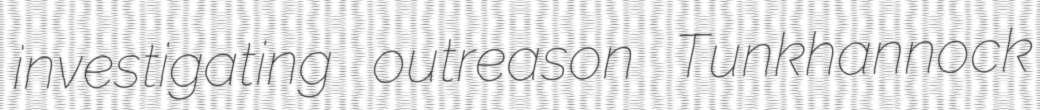
investigating outreason Tunkhannock